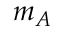
m _ { A }